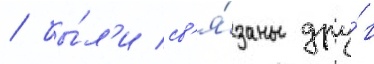
/ бы́л'и св'я́заны дру́г